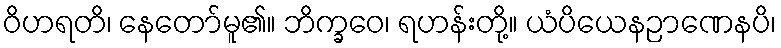
ဝိဟရတိ၊ နေတော်မူ၏။ ဘိက္ခဝေ၊ ရဟန်းတို့။ ယံပိယေနဉာဏေနပိ၊